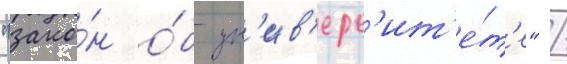
"зако́н о́б ун'ив'ерс'ит'е́т'е" /